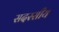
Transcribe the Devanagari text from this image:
सदस्सीय